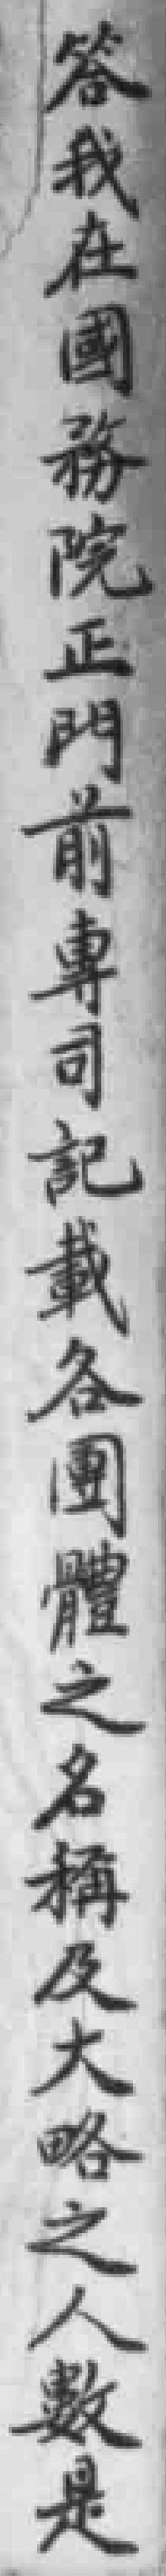
答我在國務院正門前專司記載各團體之名稱及大略之人數是